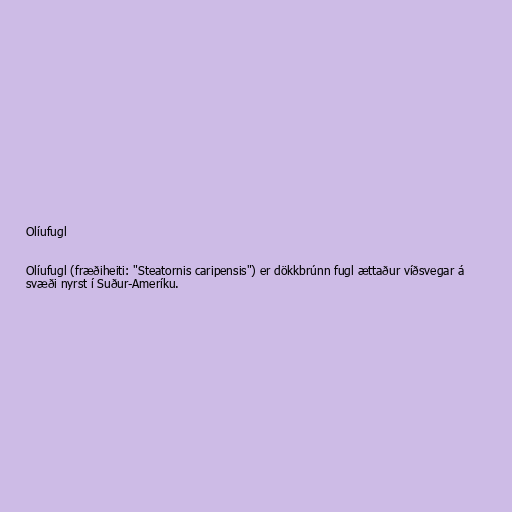
Olíufugl

Olíufugl (fræðiheiti: "Steatornis caripensis") er dökkbrúnn fugl ættaður víðsvegar á
svæði nyrst í Suður-Ameríku.